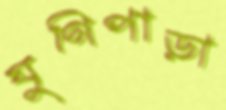
যুগিপাড়া